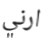
ارني